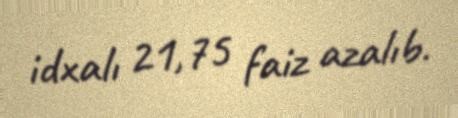
idxalı 21,75 faiz azalıb.